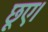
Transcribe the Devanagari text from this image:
छूए।